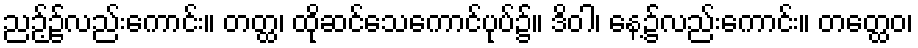
ညဉ့်၌လည်းကောင်း။ တတ္ထ၊ ထိုဆင်သေကောင်ပုပ်၌။ ဒိဝါ၊ နေ့၌လည်းကောင်း။ တတ္ထေဝ၊